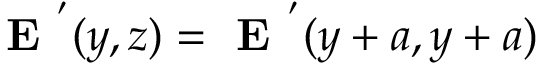
\textbf { E } ^ { ' } ( y , z ) = \textbf { E } ^ { ' } ( y + a , y + a )